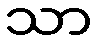
သာ